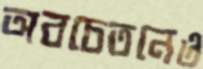
অবচেতনেও